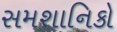
સમશાનિકો